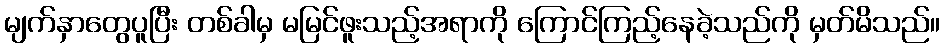
မျက်နှာတွေပူပြီး တစ်ခါမှ မမြင်ဖူးသည့်အရာကို ကြောင်ကြည့်နေခဲ့သည်ကို မှတ်မိသည်။